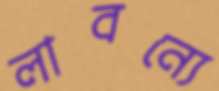
লাবন্যে